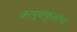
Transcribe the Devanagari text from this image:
कापूसफुलांचा